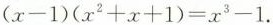
$$( x - 1 ) ( x ^ { 2 } + x + 1 ) = x ^ { 3 } - 1$$ .